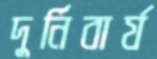
দুর্নিবার্য